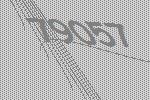
79057